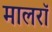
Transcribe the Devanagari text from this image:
मालरॉ